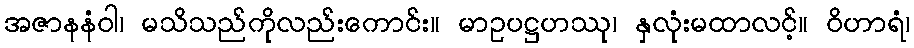
အဇာနနံဝါ၊ မသိသည်ကိုလည်းကောင်း။ မာဥပဋ္ဌဟဿု၊ နှလုံးမထာလင့်။ ဝိဟာရံ၊